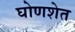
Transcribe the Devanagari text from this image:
घोणशेत